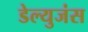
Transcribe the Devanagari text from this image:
डेल्युजंस